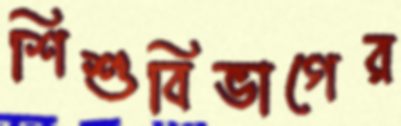
শিশুবিভাগের